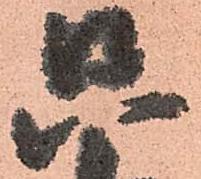
只